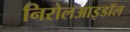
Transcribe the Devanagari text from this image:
निरोलआइडॉल